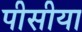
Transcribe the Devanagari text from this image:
पीसीया